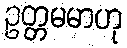
ဥတ္တမမာဟု